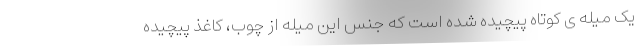
یک میله ی کوتاه پیچیده شده است که جنس این میله از چوب، کاغذ پیچیده